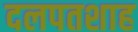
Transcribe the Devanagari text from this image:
दलपतशाह